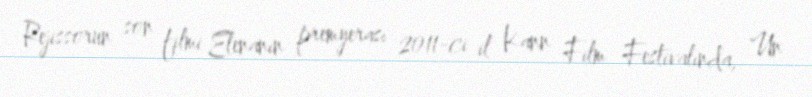
Rejissorun son filmi Elenanın premyerası 2011-ci il Kann Film Festivalında, Un